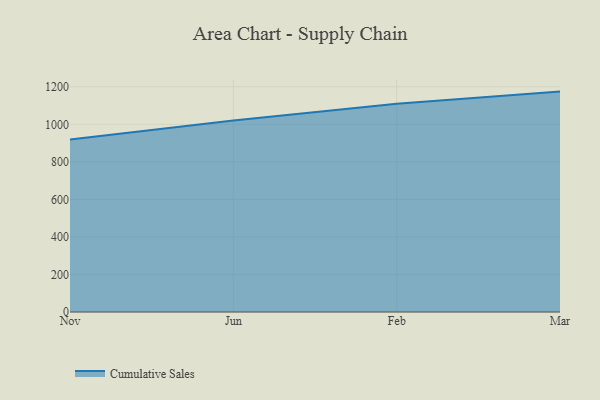
{"axis": {"x": "Month", "y": "Budget (USD K)"}, "legend": ["Cumulative Sales"], "data": [{"x": "Nov", "y": 919.2, "type": "Cumulative Sales"}, {"x": "Jun", "y": 1020.4, "type": "Cumulative Sales"}, {"x": "Feb", "y": 1110.3, "type": "Cumulative Sales"}, {"x": "Mar", "y": 1174.5, "type": "Cumulative Sales"}]}